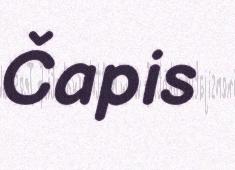
Čapis